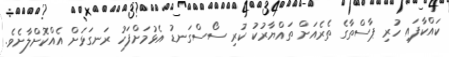
ކައްކާފައި ހުރި ޕާސްތާގެ ތެރެއަށް ތައްޔާރުކު ކުރި ސޯސްގަނޑު އެޅުމަށްފަހު ރަނގަޅަށް އެއްކޮށްލާށެވެ.